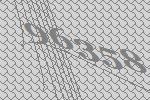
96358